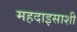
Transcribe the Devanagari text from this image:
महदाइसाशी